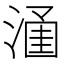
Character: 𱨢